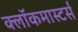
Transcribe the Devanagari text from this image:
क्लाॅकमास्टर्स